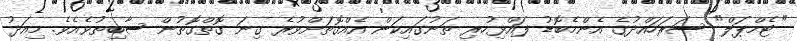
"ޓެމްޕަލް" ސަރަހައްދުގެ އެންމެބޮޑު ފައްޅިހުރި ތަނުގައިކަން އެއްގޮތަށްވުރެ ގިނަ ގޮތްގޮތުން ސާބިތުވެއެވެ. މިއަދު